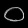
Digit: ၀